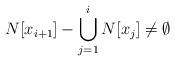
LaTeX: \begin{align*}N[x_{i+1}]-\bigcup_{j=1}^{i}N[x_j]\not=\emptyset\end{align*}